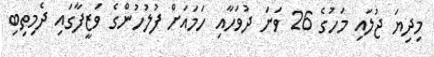
މިދިޔަ ޖުލައި މަހުގެ 26 ވަނަ ދުވަހާއި ހަމައަށް ފުލުހުންގެ ވަޒީފާގައި ދެމިތިބި